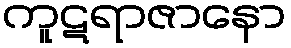
ကူဋရာဇာနော